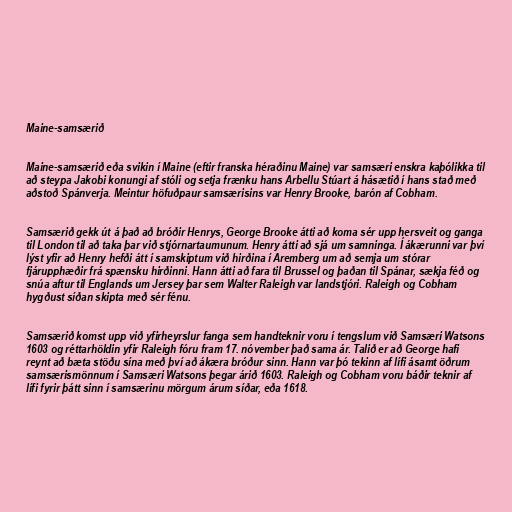
Maine-samsærið

Maine-samsærið eða svikin í Maine (eftir franska héraðinu Maine) var samsæri enskra kaþólikka til
að steypa Jakobi konungi af stóli og setja frænku hans Arbellu Stúart á hásætið í hans stað með
aðstoð Spánverja. Meintur höfuðpaur samsærisins var Henry Brooke, barón af Cobham.

Samsærið gekk út á það að bróðir Henrys, George Brooke átti að koma sér upp hersveit og ganga
til London til að taka þar við stjórnartaumunum. Henry átti að sjá um samninga. Í ákærunni var því
lýst yfir að Henry hefði átt í samskiptum við hirðina í Aremberg um að semja um stórar
fjárupphæðir frá spænsku hirðinni. Hann átti að fara til Brussel og þaðan til Spánar, sækja féð og
snúa aftur til Englands um Jersey þar sem Walter Raleigh var landstjóri. Raleigh og Cobham
hygðust síðan skipta með sér fénu.

Samsærið komst upp við yfirheyrslur fanga sem handteknir voru í tengslum við Samsæri Watsons
1603 og réttarhöldin yfir Raleigh fóru fram 17. nóvember það sama ár. Talið er að George hafi
reynt að bæta stöðu sína með því að ákæra bróður sinn. Hann var þó tekinn af lífi ásamt öðrum
samsærismönnum í Samsæri Watsons þegar árið 1603. Raleigh og Cobham voru báðir teknir af
lífi fyrir þátt sinn í samsærinu mörgum árum síðar, eða 1618.